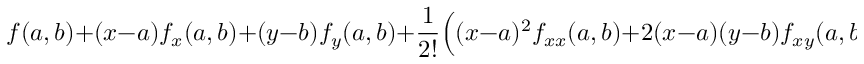
f ( a , b ) + ( x - a ) f _ { x } ( a , b ) + ( y - b ) f _ { y } ( a , b ) + { \frac { 1 } { 2 ! } } { \Big ( } ( x - a ) ^ { 2 } f _ { x x } ( a , b ) + 2 ( x - a ) ( y - b ) f _ { x y } ( a , b ) + ( y - b ) ^ { 2 } f _ { y y } ( a , b ) { \Big ) }